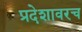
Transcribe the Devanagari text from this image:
प्रदेशावरच